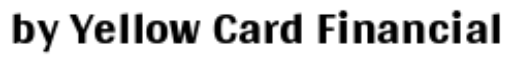
by Yellow Card Financial